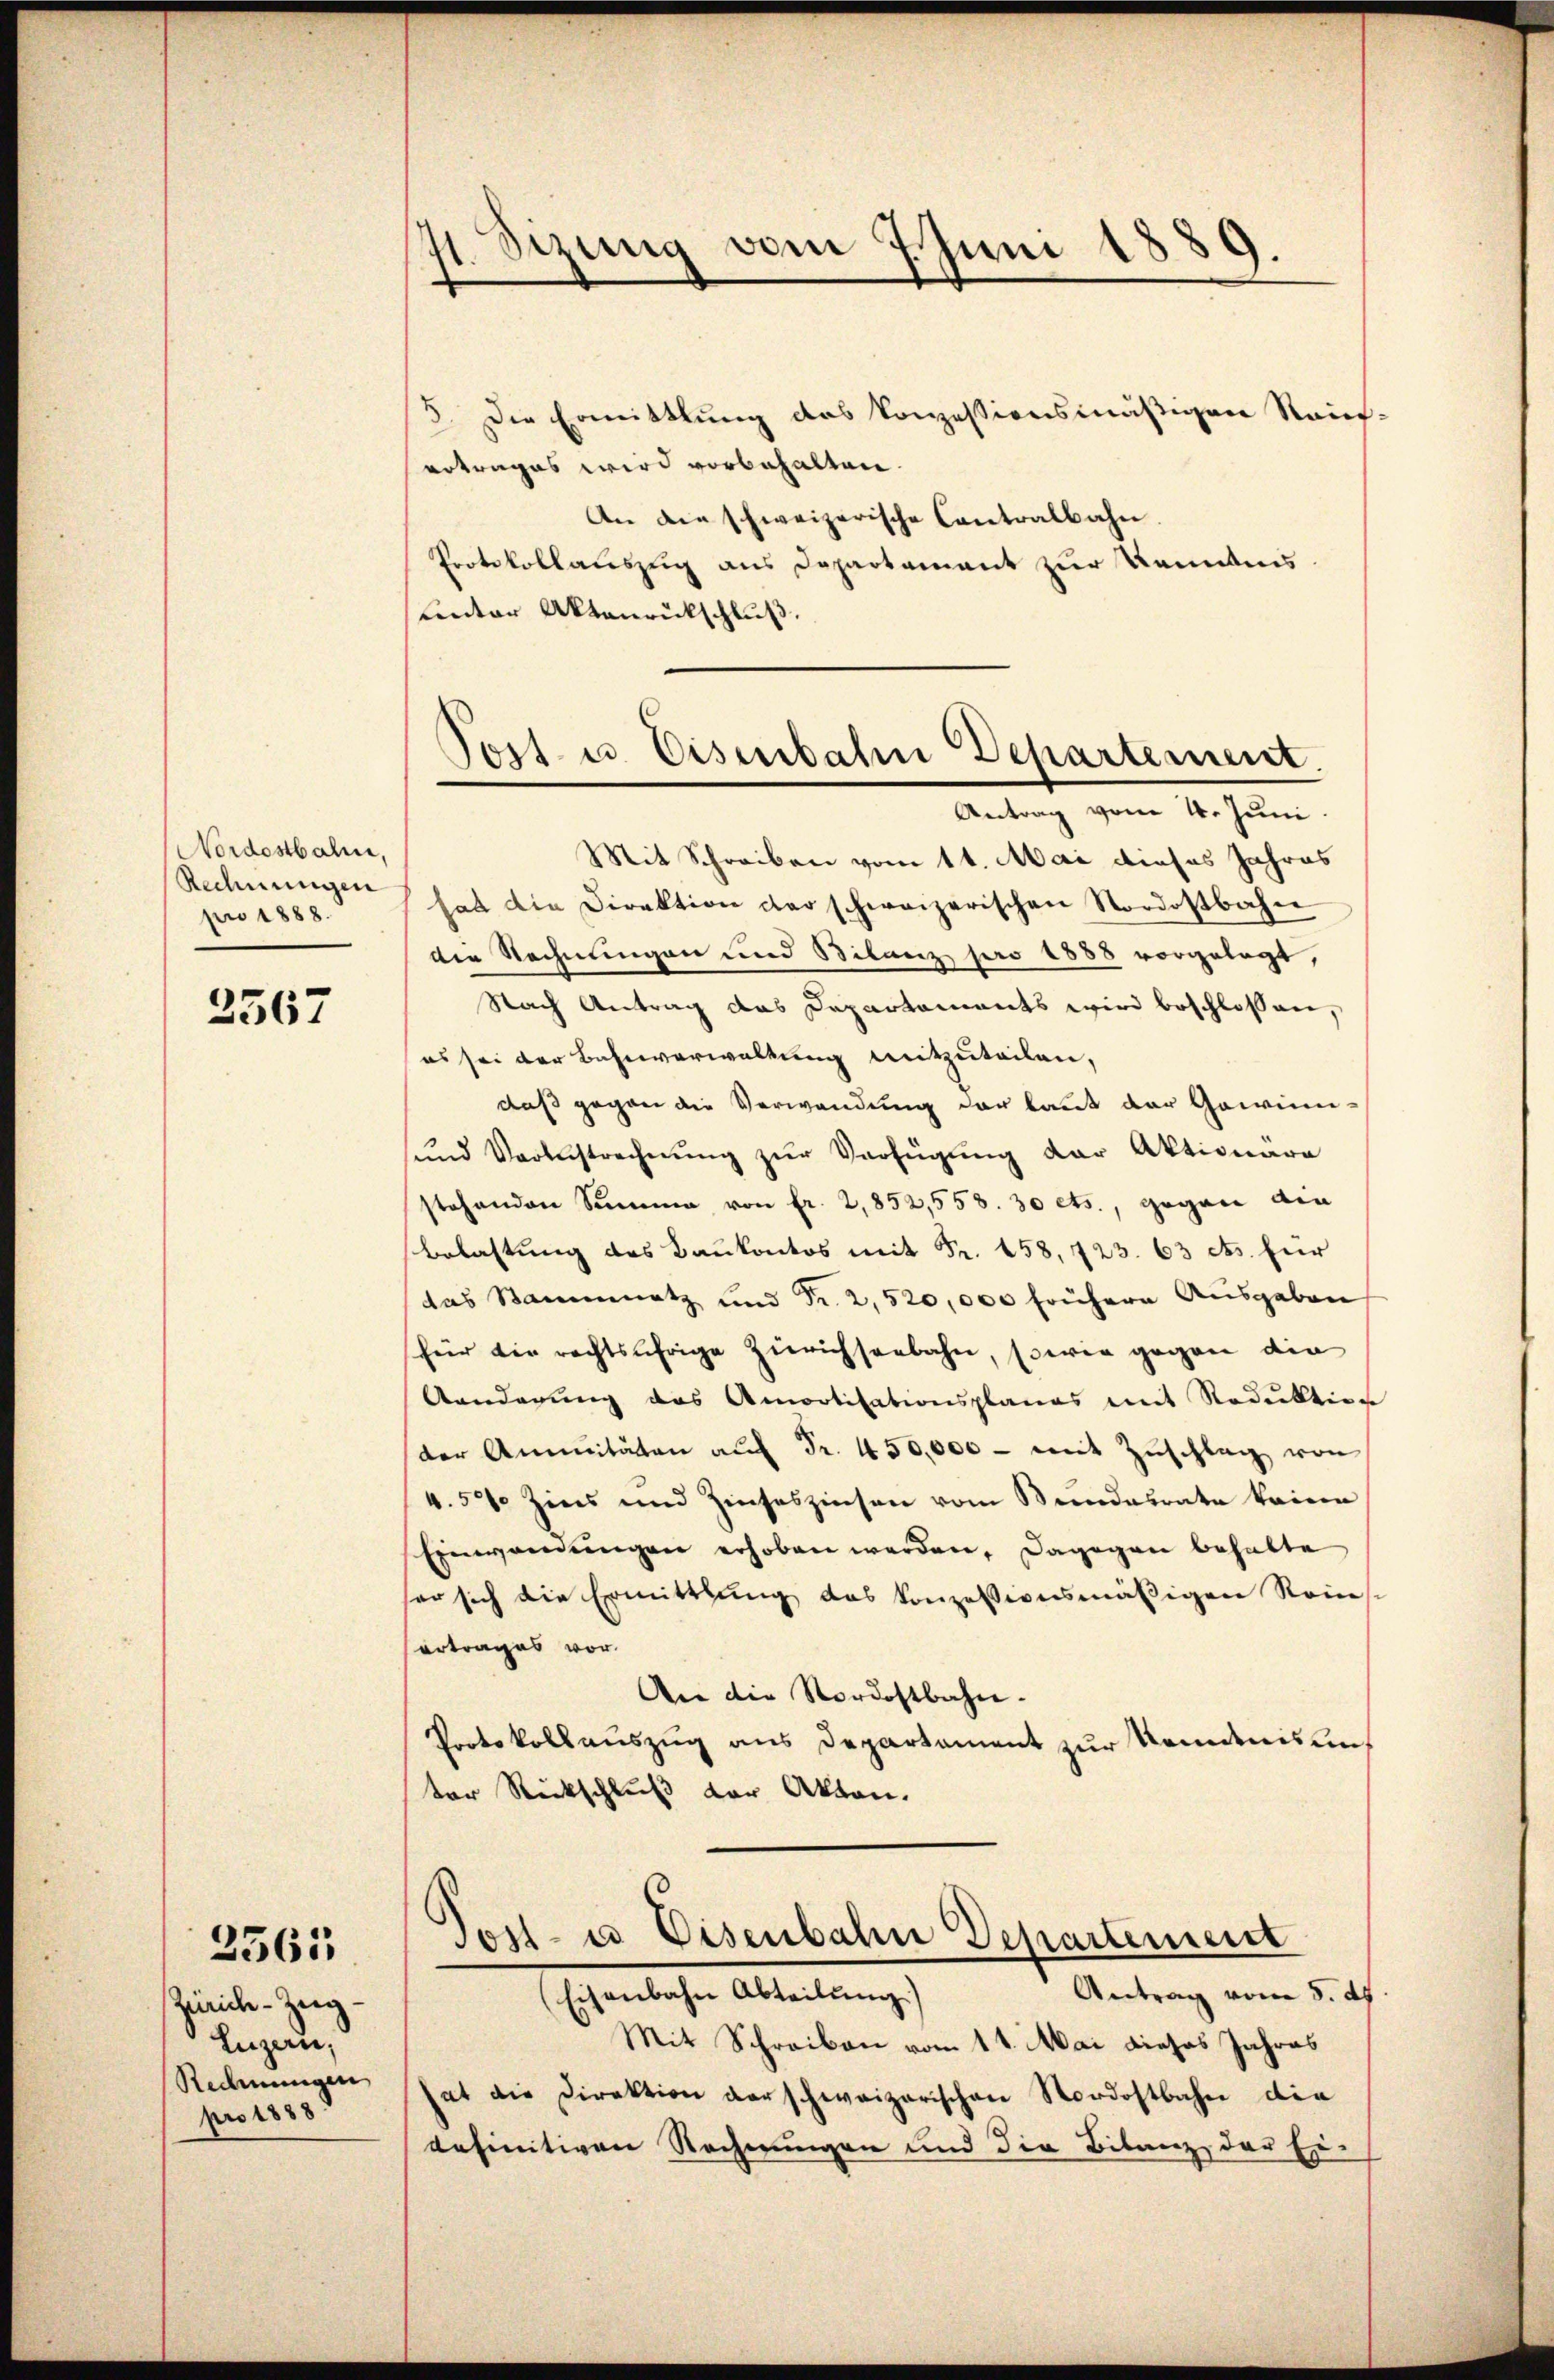
Nordostbahne,
Rechnungen
pro 1888.

2567

Zürich-Zeig-
Luzern,
Redmungen
pro 1888

2561

1. Sizung vom 7. Juni 1889.

5. Die Ermittlung des konzessionsmäßigen Rauf-
ertrages wird vorbehalten.
An die schweizerische Contralbahn
Protokollauszug aus Departement zur Kenntnis.
Lnter Aktenrückschluß.
Antrag vom 4. Juni
Mit Schreiben vom 14. Mai dieses Jahres
hat die Direktion der schweizerischen Nordostbahn
der Rechnungen und Bilanz pro 1888 vorgelegt,
Nach Antrag das Departements wird beschlossen,
es sei der Bahnverwaltung mitzuteilen,
daß gegen die Verwendung der kannt der Gewinn-
und Voranstrechnŭng zŭr Verfügung der Aktionära
stehenden Summe von fr. 2,852,558. 30 ets., gegen die
Belastung des Baukontos mit Fr. 158, 723. 63 cts. für
das Stammnatz und Fr. 2, 520,000 frühere Ausgaben
für die rechtsährige Zürichseebahn, sowie gegen die
Aanderung das Amortisationsplanes mit Reduktion
der Annitäten aŭf Fr. 450,000 - mit Zŭschlag von
4.50 Zins und Zinseszinsen vom Bundesrate keinen
Einwendungen erhoben werden, dagegen behalte
ser sich die Ermittlung das konzessionsmäßigen Reins-
ertrages vor.
An die Nordostbahn.
Protokollauszug aus Departement zur Kenntnis uns
ter Rückschluß der Akten.
Jost- u Eisenbahn Departement
Antrag vom 5. d.
Eisenbahn Abteilung)
Mit Schreiben vom 11. Mai dieses Jahres
at die Direktion derschweizerischen Nordostbahn die
definitiven Rechnungen und die Bilanz der Er-

Post- u. Eisenbahn Departement.